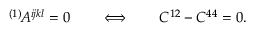
{ } ^ { ( 1 ) } \! A ^ { i j k l } = 0 \qquad \Longleftrightarrow \qquad C ^ { 1 2 } - C ^ { 4 4 } = 0 .